Vaccination United Provinces of Agra and Oudh 1902-1913 - 1902-1913
Year: 1902
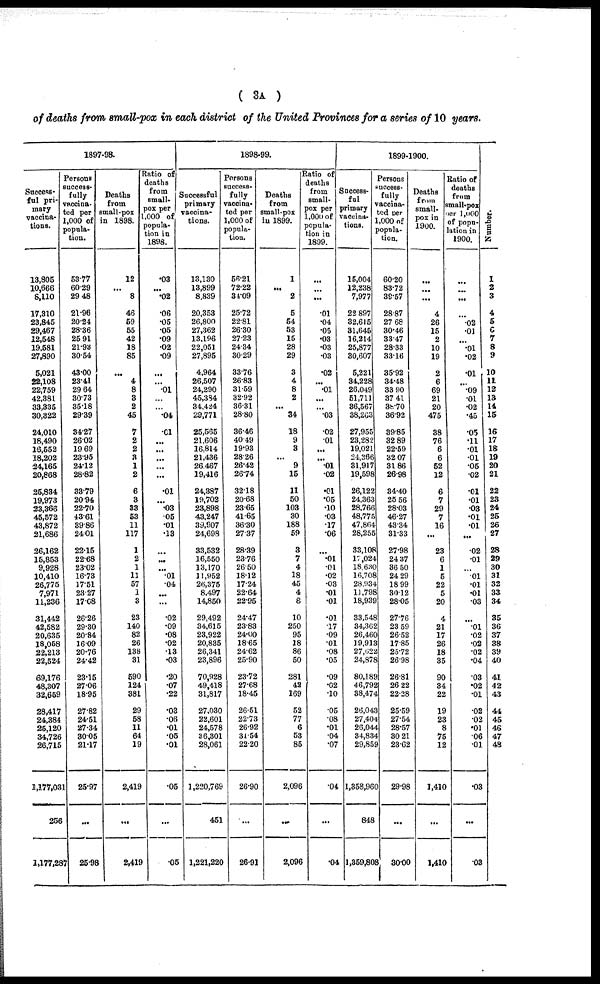
( 3A )
of deaths from small-pox in each district of the United Provinces for a series of 10 years.
1897-98.
Success-
ful pri-
mary
vaccina-
tions.
13,805
10,666
8,110
17,310
23,845
29,467
12,548
19,581
27,890
5,021
22,108
22,759
42,381
33,335
30,322
24,010
18,490
16,552
18,202
24,165
20,868
25,834
19,973
23,366
45,572
43,872
21,686
26,162
15,853
9,928
10,410
26,775
7,971
11,236
31,442
42,582
20,635
18,058
22,213
22,524
69,176
48,307
32,659
28,417
24,384
25,120
34,726
26,715
1,177,031
256
1,177,287
Persons
success-
fully
vaccina-
ted per
1,000 of
popula-
tion.
53.77
60.29
29.48
21.96
20.24
28.36
25.91
21.93
30.54
43.00
23.41
29.64
3073
35.18
29.39
34.27
26.02
19.69
23.95
24.12
28.82
33.79
20.94
22.70
43.61
39.86
24.01
22.15
22.68
23.02
16.73
17.51
23.27
17.08
26.26
29.30
20.84
16.09
20.76
24.42
23.15
27.06
18.95
27.82
24.51
27.34
30.05
21.17
25.97
...
25.98
Deaths
from
small-pox
in 1898.
12
...
8
46
59
55
42
18
85
...
4
8
8
2
45
7
2
2
3
1
2
6
3
33
53
11
117
1
2
1
11
57
1
3
23
140
82
26
138
31
590
124
381
29
58
11
64
19
2,419
...
2,419
Ratio of
deaths
from
small-
pox per
1,000 of
popula-
tion in
1898.
.03
...
.02
.06
.05
.05
.09
.02
.09
...
...
.01
...
...
.04
.01
...
...
...
...
...
.01
...
.03
.05
.01
.13
...
...
...
.01
.04
...
...
.02
.09
.08
.02
.13
.03
.20
.07
.22
.03
.06
.01
.05
.01
.05
...
.05
1898-99.
Successful
primary
vaccina-
tions.
13,130
13,899
8,839
20,353
26,800
27,362
13,196
22,051
27,895
4,964
26,507
24,290
45,384
34.424
29,771
25,565
21,606
16,814
21,436
26,467
19,416
24,387
19,702
23,898
43,247
39,907
24,698
33,532
16,550
13,170
11,952
26,375
8,497
14,850
29,492
34,615
23,922
20,835
26,341
23,896
70,928
49,418
31,817
27,030
22,601
24,578
36,301
28,061
1,220,769
451
1,221,220
Porsons
success¬
fully
vaccina-
ted per
1,000 of
popula-
tion.
56.21
72.22
34.09
25.72
22.81
26.30
27.23
24.34
30.29
33.76
26.83
31.59
32.92
36.31
28.80
36.46
40.49
19.93
28.26
26.42
26.74
32.18
20.68
23.65
41.65
36.30
27.37
28.39
23.76
26.50
18.12
17.24
22.64
22.95
24.47
23.83
24.00
18.65
24.62
25.90
23.72
27.68
18.45
26.51
22.73
26.92
31.54
22.20
26.90
...
26.91
Deaths
from
small-pox
in 1899.
1
...
2
5
54
53
15
28
29
3
4
8
2
...
34
18
9
3
...
9
15
11
50
103
30
188
59
3
7
4
18
45
4
8
10
250
95
18
86
50
281
42
169
52
77
6
53
85
2,096
...
2,096
Ratio of
deaths
from
small-
pox per
1,000 of
popula-
tion in
1899.
...
...
...
.01
.04
.05
.03
.03
.03
.02
...
.01
...
...
.03
.02
.01
...
...
.01
.02
.01
.05
.10
.03
.17
.06
...
.01
.01
.02
.03
.01
.01
.01
.17
.09
.01
.08
.05
.09
.02
.10
.05
.08
.01
.04
.07
.04
...
.04
1899-1900.
Success¬
ful
primary
vaccina-
tions.
15,004
12,238
7,977
22,897
32,615
31,645
16,214
25,877
30,607
5,221
34,228
26,049
51,711
36,567
38,263
27,955
23,282
19,021
24,366
31,917
19,598
26,122
24,363
28,766
48,775
47,864
28,255
33,108
17,024
18,630
16,708
28,934
11,798
18,939
33,548
34,362
26,460
19,913
27,622
24,878
80,189
46,792
38,474
26,043
27,404
26,044
34,834
29,859
1,358,960
848
1,359,808
Persons
success-
fully
vaccina-
ted per
1,000 of
popula-
tion.
60.20
83.72
38.57
28.87
27.68
30.46
33.47
28.33
33.16
35.92
34.48
33.90
37.41
38.70
36.92
39.85
32.89
22.59
32.07
31.86
26.98
34.40
25.56
28.03
46.27
43.34
31.33
27.98
24.37
36.50
24.29
18.99
30.12
28.05
27.76
23.59
26.52
17.85
25.72
26.98
26.81
26.22
22.28
25.59
27.54
28.57
30.21
23.62
29.98
...
30.00
Deaths
from
small-
pox in
1900.
...
...
...
4
26
15
2
10
19
2
6
69
21
20
475
38
76
6
6
52
12
6
7
29
7
16
...
23
6
1
5
22
5
20
4
21
17
26
18
35
90
34
22
19
23
8
75
12
1,410
...
1,410
Ratio of
deaths
from
small-pox
per 1,000
of popu¬
lation in
1900.
...
...
...
...
.02
.01
...
.01
.02
.01
...
.09
.01
.02
.45
.05
.11
.01
.01
.05
.02
.01
.01
.03
.01
.01
...
.02
.01
...
.01
.01
.01
.03
...
.01
.02
.02
.02
.04
.03
.02
.01
.02
.02
.01
06
.01
.03
...
.03
Number.
1
2
3
4
5
6
7
8
9
10
11
12
13
14
15
16
17
18
19
20
21
22
23
24
25
26
27
28
29
30
31
32
33
34
35
36
37
38
39
40
41
42
43
44
45
46
47
48